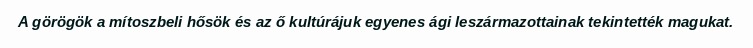
A görögök a mítoszbeli hősök és az ő kultúrájuk egyenes ági leszármazottainak tekintették magukat.